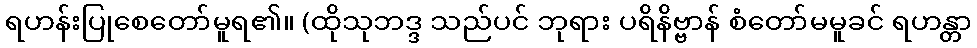
ရဟန်းပြုစေတော်မူရ၏။ (ထိုသုဘဒ္ဒ သည်ပင် ဘုရား ပရိနိဗ္ဗာန် စံတော်မမူခင် ရဟန္တာ